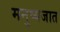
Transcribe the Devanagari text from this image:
मनुष्यजात